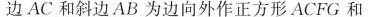
边AC和斜边AB为边向外作正方形ACFG和